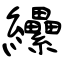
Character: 纝